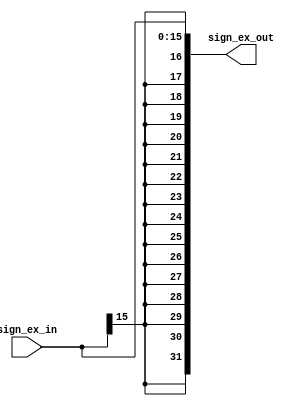
`timescale 1ns / 1ps
//////////////////////////////////////////////////////////////////////////////////
// Company: 
// Engineer: 
// 
// Design Name: 
// Module Name: sign_extend
// Project Name: 
// Target Devices: 
// Tool Versions: 
// Description: 
// 
// Dependencies: 
// 
// Revision:
// Revision 0.01 - File Created
// Additional Comments:
// 
//////////////////////////////////////////////////////////////////////////////////


module sign_extend(
    input [15:0] sign_ex_in,
    output reg [31:0] sign_ex_out
    );
    
    always @(*) begin
        sign_ex_out = { {16{sign_ex_in[15]}}, sign_ex_in };
    end
endmodule